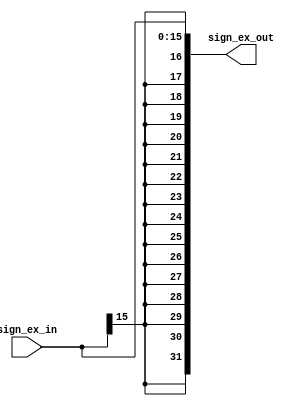
`timescale 1ns / 1ps
//////////////////////////////////////////////////////////////////////////////////
// Company: 
// Engineer: 
// 
// Design Name: 
// Module Name: sign_extend
// Project Name: 
// Target Devices: 
// Tool Versions: 
// Description: 
// 
// Dependencies: 
// 
// Revision:
// Revision 0.01 - File Created
// Additional Comments:
// 
//////////////////////////////////////////////////////////////////////////////////


module sign_extend(
    input [15:0] sign_ex_in,
    output reg [31:0] sign_ex_out
    );
    
    always @(*) begin
        sign_ex_out = { {16{sign_ex_in[15]}}, sign_ex_in };
    end
endmodule